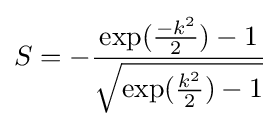
S=-{\frac {\exp({\frac {-k^{2}}{2}})-1}{\sqrt {\exp({\frac {k^{2}}{2}})-1}}}